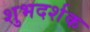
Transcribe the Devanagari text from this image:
शुभदर्शक